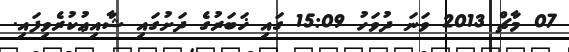
07 މާޗް 2013 ވަނަ ދުވަހު 15:09 ގައި ޚަބަރުގެ ދަށުގައި ޝާއިޢުކުރެވިފައި.